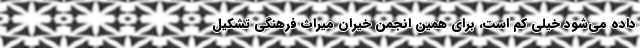
داده می‌شود خیلی کم است، برای همین انجمن خیران میراث فرهنگی تشکیل